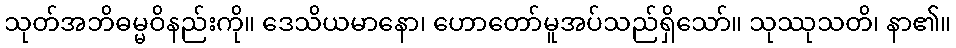
သုတ်အဘိဓမ္မဝိနည်းကို။ ဒေသိယမာနော၊ ဟောတော်မူအပ်သည်ရှိသော်။ သုဿုသတိ၊ နာ၏။